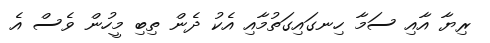
ރިޔާ އާއި ސަމާ ހިނގައިގަތުމާއި އެކު ދެން ތިބި މީހުން ވެސް އެ